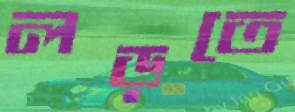
লড়তে